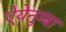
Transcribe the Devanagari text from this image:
ऐयेनुग्बा